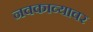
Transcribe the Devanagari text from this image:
नवकाव्यावर